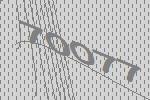
70077